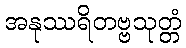
အနုဿရိတဗ္ဗသုတ္တံ